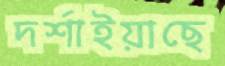
দর্শাইয়াছে